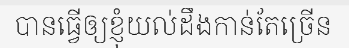
បានធ្វើឲ្យខ្ញុំយល់ដឹងកាន់តែច្រើន